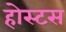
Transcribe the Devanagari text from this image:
होस्टस